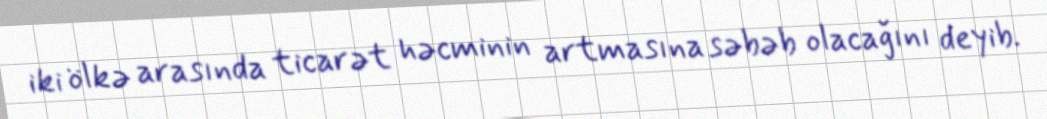
iki ölkə arasında ticarət həcminin artmasına səbəb olacağını deyib.